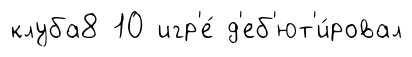
клуба8 10 игр'е́ д'еб'ют'и́ровал